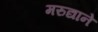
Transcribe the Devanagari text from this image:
मरुद्याने